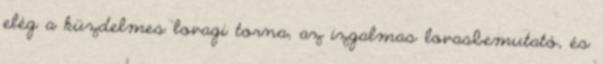
elég a küzdelmes lovagi torna, az izgalmas lovasbemutató, és